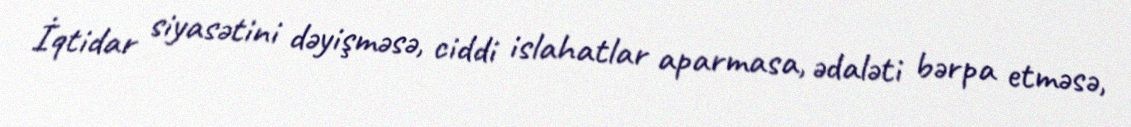
İqtidar siyasətini dəyişməsə, ciddi islahatlar aparmasa, ədaləti bərpa etməsə,